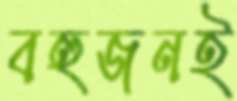
বহুজনই